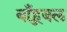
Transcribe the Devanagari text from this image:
बाँहूबल